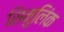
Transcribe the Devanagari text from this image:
सिमुलिंक